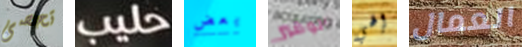
تحصى حليب بعض الوفير إلهي العمال